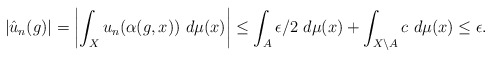
\begin{align*}|\hat u_n(g)| = \left| \int_X u_n(\alpha(g,x)) \ d\mu(x) \right| \leq \int_A \epsilon/2 \ d\mu(x) + \int_{X\setminus A} c \ d\mu(x) \leq \epsilon.\end{align*}